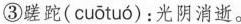
③蹉跎（cuotuo）:光阴消逝。